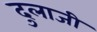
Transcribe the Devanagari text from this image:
दुलाजी